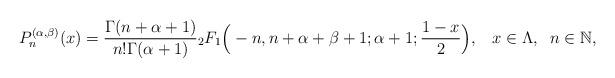
LaTeX: \begin{align*}P_n^{(\alpha,\beta)}(x)&=\frac{\Gamma(n+\alpha+1)}{n!\Gamma(\alpha+1)}{}_2F_1\Big(-n, n+\alpha+\beta+1;\alpha+1;\frac{1-x} 2\Big),\;\;\; x\in \Lambda, \;\; n\in {\mathbb N},\\\end{align*}